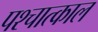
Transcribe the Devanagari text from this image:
पश्चात्काल